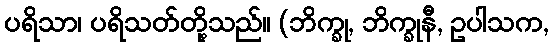
ပရိသာ၊ ပရိသတ်တို့သည်။ (ဘိက္ခု, ဘိက္ခုနီ, ဥပါသက,